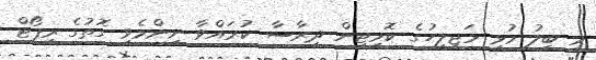
މި ބިލު މުޅި މަޖިލީހުގެ ކޮމިޓީން ދިރާސާ ކުރައްވާ ނިންމެވި ގޮތުގެ ރިޕޯޓް